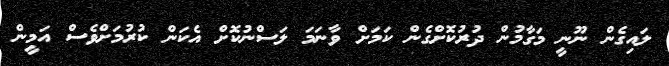
ލައިގެން ނޫނީ މަގާމުން ދުރުކޮށްގެން ކަމަށް ވާނަމަ ލަސްނުކޮށް އެކަން ކުރުމަށްވެސް އަމީން